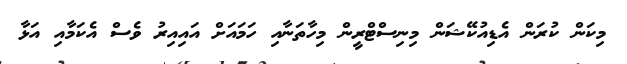
މިކަން ކުރަން އެޑިއުކޭޝަން މިނިސްޓްރީން މިހާތަނާއި ހަމައަށް އައިއިރު ވެސް އެކަމާއި އަޅާ